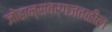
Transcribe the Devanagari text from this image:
जोहान्सबर्गजवळील